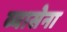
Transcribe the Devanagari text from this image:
व्यासेना